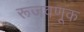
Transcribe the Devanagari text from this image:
रूजवणूक